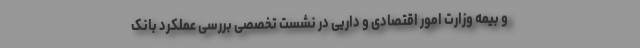
و بیمه وزارت امور اقتصادی و داریی در نشست تخصصی بررسی عملکرد بانک